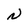
Character: N